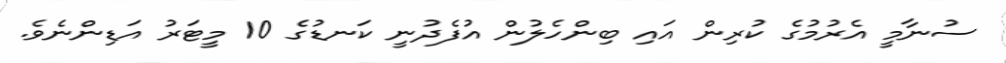
ސުނާމީ އެރުމުގެ ކުރިން އައި ބިންހެލުން އުފެދުނީ ކަނޑުގެ 10 މީޓަރު އަޑިންނެވެ.